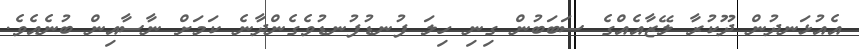
އެއުޅަނދުން ދޫކުރާ ލޭޒާއެއްގެ ސަބަބުން ގިނި ހިލަ ފުނޑުފުނޑުވެގެންދާނެ ކަމަށް ނާސާއިން ބުނެއެވެ.